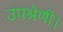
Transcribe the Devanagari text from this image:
उपश्रेणी।